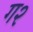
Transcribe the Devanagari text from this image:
ग२